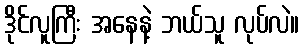
ဒိုင်လူကြီး အနေနဲ့ ဘယ်သူ လုပ်လဲ။